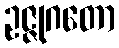
ဥဇ္ဇုဂတော